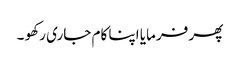
پھر فرمایا اپنا کام جاری رکھو ۔